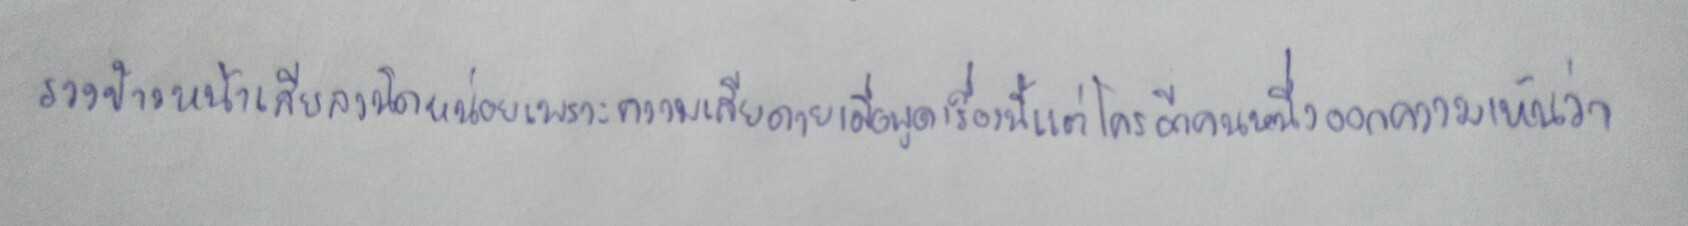
รวงข้าวหน้าเสียลงนิดหน่อยเพราะความเสียดายเมื่อพูดเรื่องนี้แต่ใครอีกคนหนึ่งออกความเห็นว่า